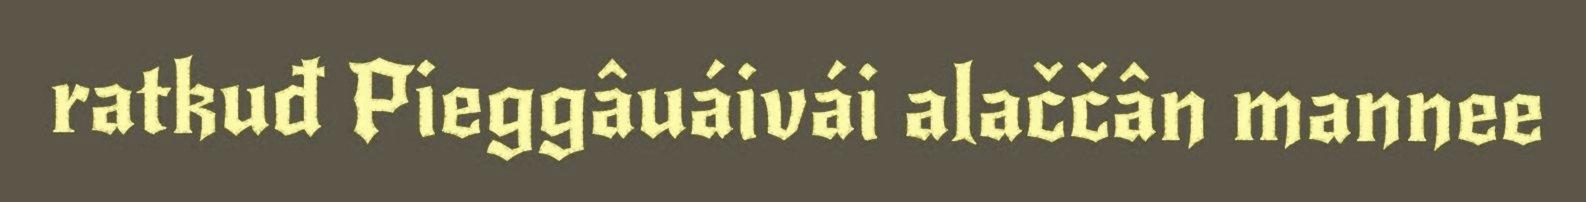
ratkuđ Pieggâuáivái alaččân mannee